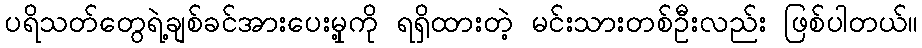
ပရိသတ်တွေရဲ့ချစ်ခင်အားပေးမှု့ကို ရရှိထားတဲ့ မင်းသားတစ်ဦးလည်း ဖြစ်ပါတယ်။